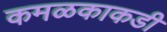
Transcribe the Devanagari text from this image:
कमळकाकडी